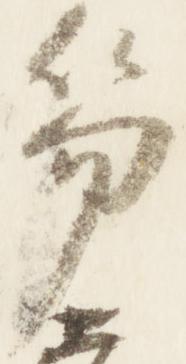
笏